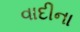
વાદીના